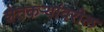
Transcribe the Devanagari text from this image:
शेतकर्‍यांवरील